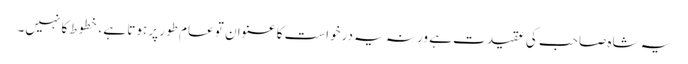
یہ شاہ صاحب کی عقیدت ہے ورنہ یہ درخواست کا عنوان تو عام طور پر ہوتا ہے ، خطوط کا نہیں۔